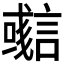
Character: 𧫊